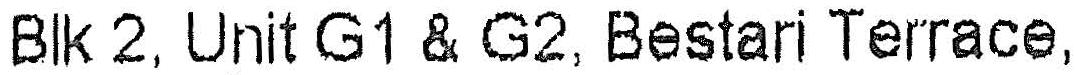
BLK 2, UNIT G1 & G2, BESTARI TERRACE,